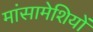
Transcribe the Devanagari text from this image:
मांसामेशियों